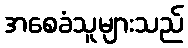
အစေခံသူများသည်